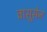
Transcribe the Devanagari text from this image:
वासूसेन